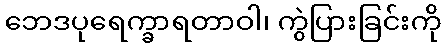
ဘေဒပုရေက္ခာရတာဝါ၊ ကွဲပြားခြင်းကို